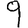
Digit: 9